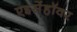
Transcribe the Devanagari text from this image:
एइसेंहॉवर